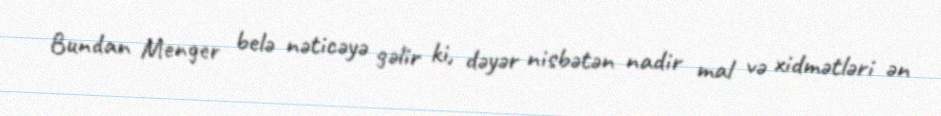
Bundan Menger belə nəticəyə gəlir ki, dəyər nisbətən nadir mal və xidmətləri ən